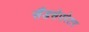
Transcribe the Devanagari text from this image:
सैंडसेपरेटर